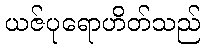
ယဇ်ပုရောဟိတ်သည်